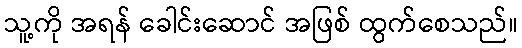
သူ့ကို အရန် ခေါင်းဆောင် အဖြစ် ထွက်စေသည်။